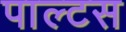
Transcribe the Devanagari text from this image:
पाल्टस